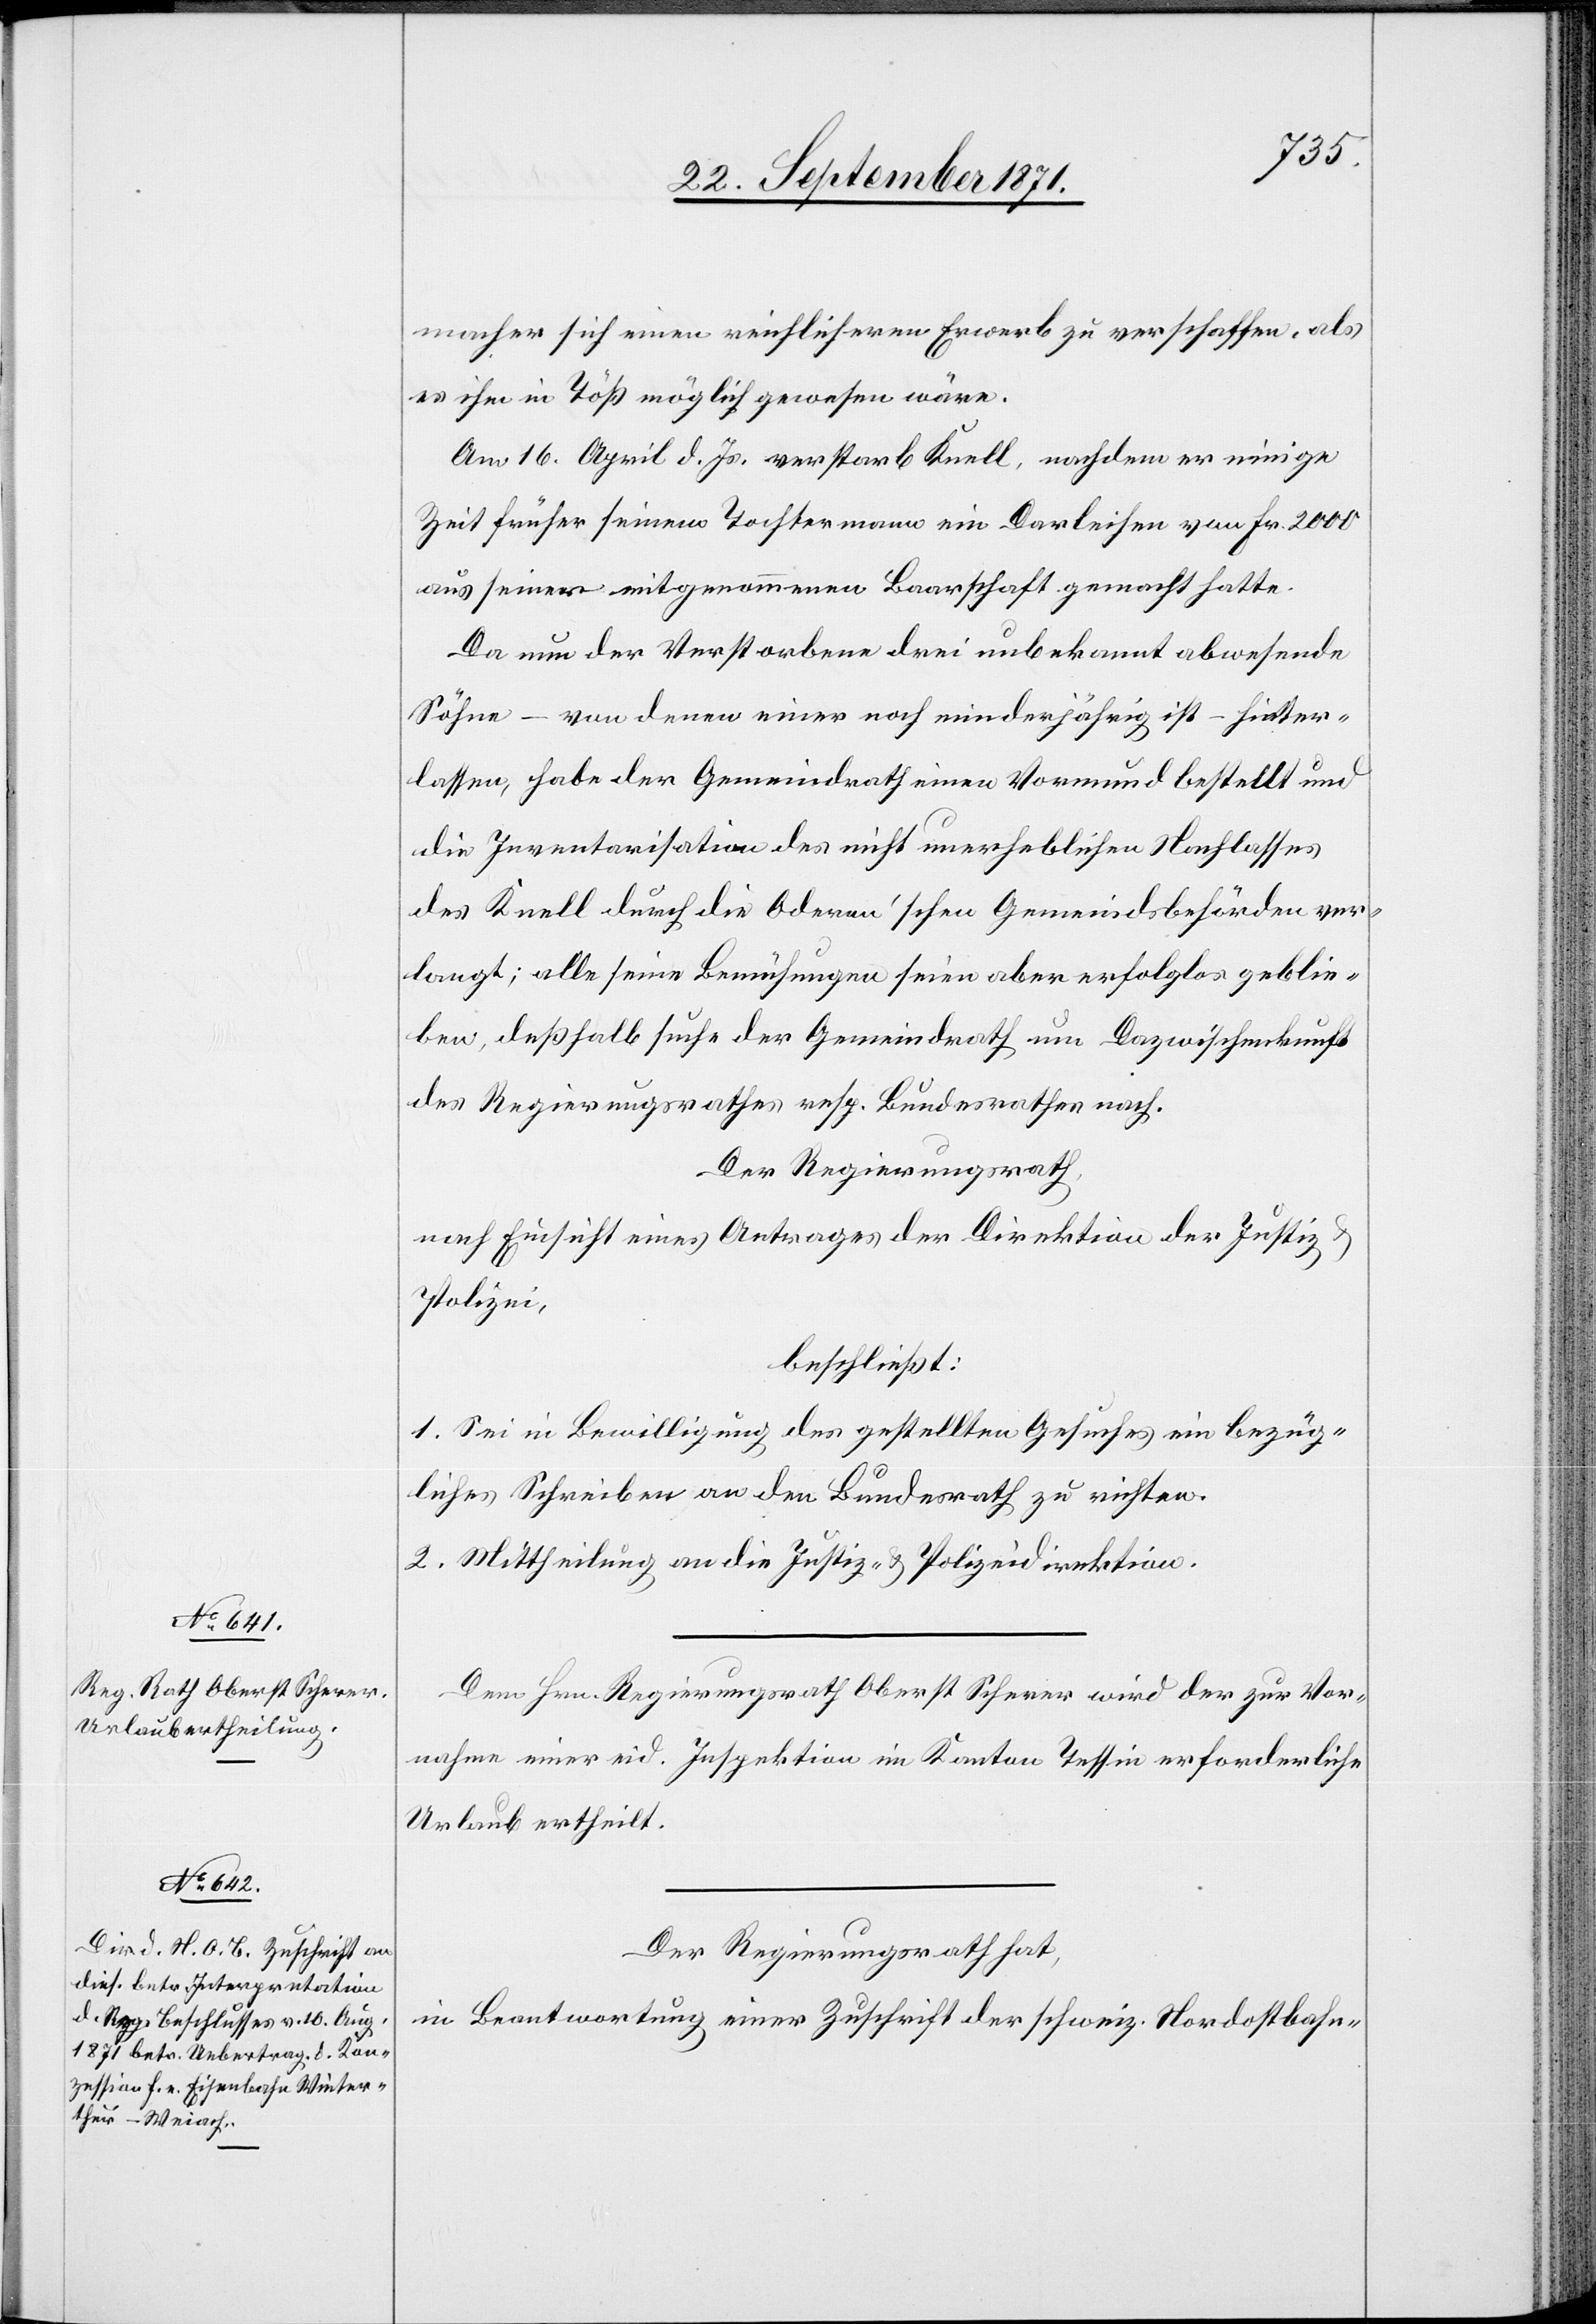
macher sich einen reichlicheren Erwerb zu verschaffen, als
es ihm in Töß möglich gewesen wäre.
Am 16. April d. Js. verstarb Knell, nachdem er einige
Zeit früher seinem Tochtermann ein Darleihen von Fr. 2000
aus seiner mitgenommenen Baarschaft gemacht hatte.
Da nun der Verstorbene drei unbekannt abwesende
Söhne – von denen einer noch minderjährig ist – hinter¬
lassen, habe der Gemeindrath einen Vormund bestellt und
die Inventarisation des nicht unerheblichen Nachlasses
des Knell durch die Oderen’schen Gemeindsbehörden ver¬
langt; alle seine Bemühungen seien aber erfolglos geblie¬
ben, deßhalb suche der Gemeindrath um Dazwischenkunft
des Regierungsrathes resp. Bundesrathes nach.
Der Regierungsrath,
nach Einsicht eines Antrages der Direktion der Justiz &
Polizei,
beschließt:
1. Sei in Bewilligung des gestellten Gesuches ein bezüg¬
liches Schreiben an den Bundesrath zu richten.
2. Mittheilung an die Justiz[-] & Polizeidirektion.
Dem Hrn. Regierungsrath Oberst Scherer wird der zur Vor¬
nahme einer eid. Inspektion im Kanton Tessin erforderliche
Urlaub ertheilt.
Der Regierungsrath hat,
in Beantwortung einer Zuschrift der schweiz. Nordostbahn-